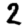
Digit: 2